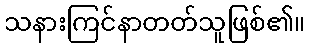
သနားကြင်နာတတ်သူဖြစ်၏။